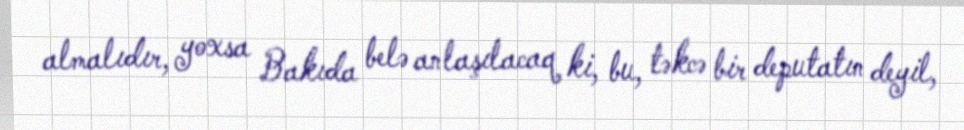
almalıdır, yoxsa Bakıda belə anlaşılacaq ki, bu, təkcə bir deputatın deyil,